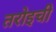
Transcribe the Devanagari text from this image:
तरोइची